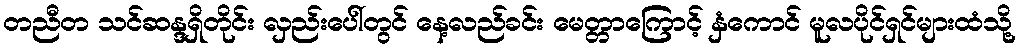
တညီတ သင်ဆန္ဒရှိတိုင်း လှည်းပေါ်တွင် နေ့လည်ခင်း မေတ္တာကြောင့် နှံကောင် မူလပိုင်ရှင်များထံသို့